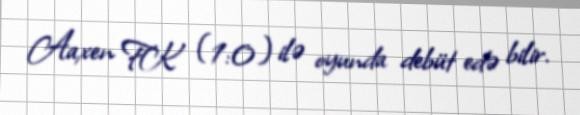
Aaxen FK (1:0) ilə oyunda debüt edə bilir.